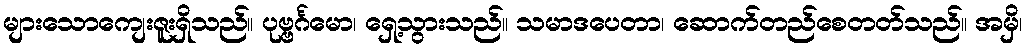
များသောကျေးဇူးရှိသည်။ ပုဗ္ဗင်္ဂမော၊ ရှေ့သွားသည်။ သမာဒပေတာ၊ ဆောက်တည်စေတတ်သည်။ အမှိ၊